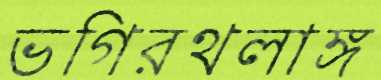
ভগিরথলাঙ্গ